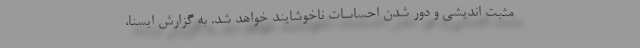
مثبت اندیشی و دور شدن احساسات ناخوشایند خواهد شد. به گزارش ایسنا،